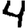
Digit: 4